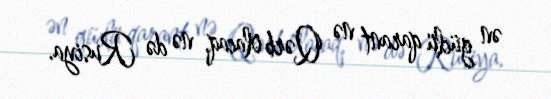
ən güclü qarant nə Qərb olacaq, nə də Rusiya.